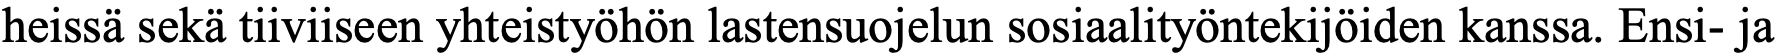
heissä sekä tiiviiseen yhteistyöhön lastensuojelun sosiaalityöntekijöiden kanssa. Ensi- ja